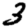
Digit: 3